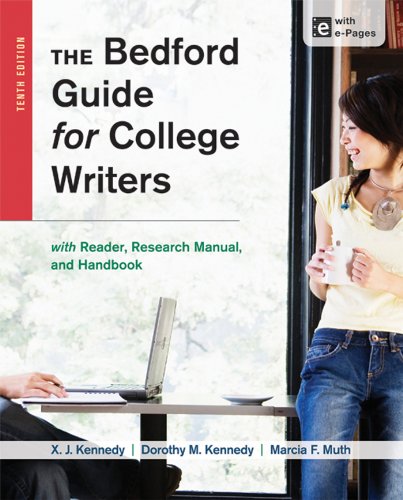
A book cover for The Bedford Guide for College Writers with Reader, Research Manual, and Handbook; X. J. Kennedy; Science & Math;